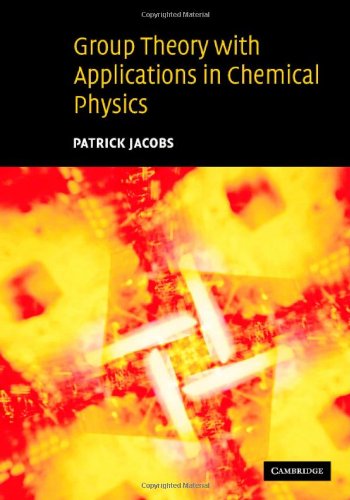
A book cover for Group Theory with Applications in Chemical Physics; Patrick Jacobs; Science & Math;